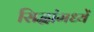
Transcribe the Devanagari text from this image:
सिद्धांमध्यें